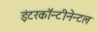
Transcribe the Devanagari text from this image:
इंटरकॉन्टीनेन्टल